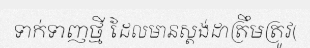
ទាក់ទាញថ្មី ដែលមានស្តង់ដាត្រឹមត្រូវ(